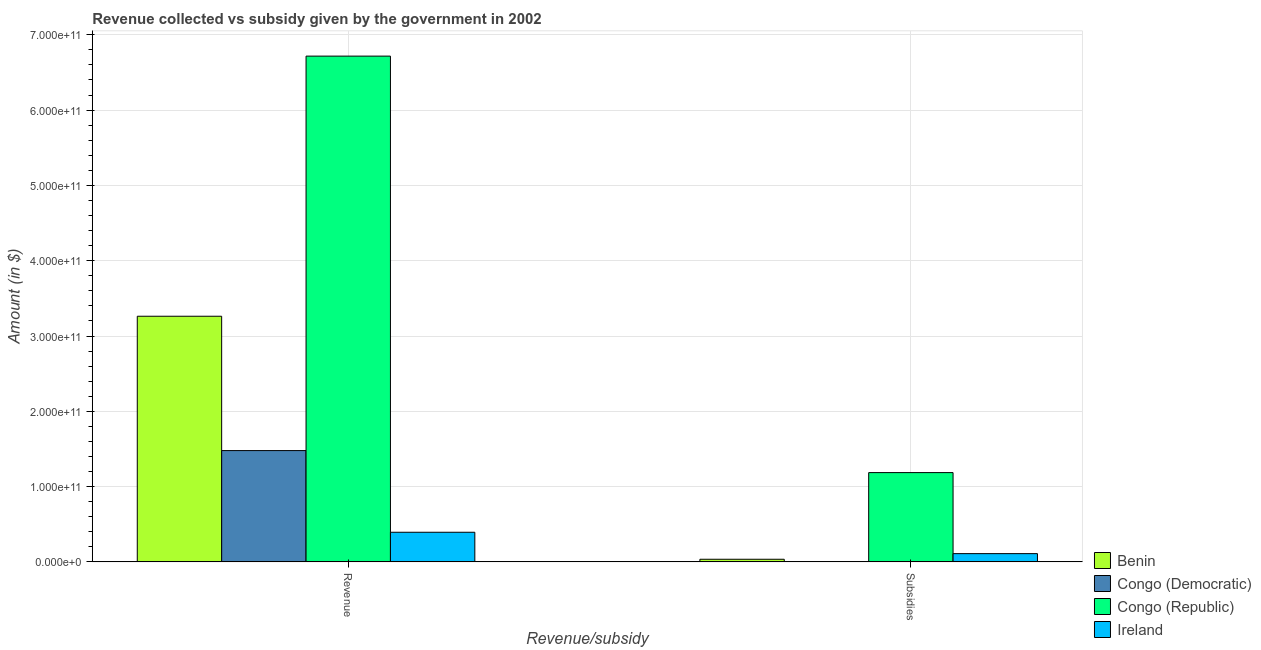
| Revenue/subsidy | Benin | Congo (Democratic) | Congo (Republic) | Ireland |
 | --- | --- | --- | --- | --- |
 | Revenue | 3.26e+11 | 1.48e+11 | 6.72e+11 | 3.94e+10 |
 | Subsidies | 3.52e+09 | 4.16e+08 | 1.19e+11 | 1.1e+10 |